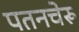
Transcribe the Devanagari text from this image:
पतनचेरू